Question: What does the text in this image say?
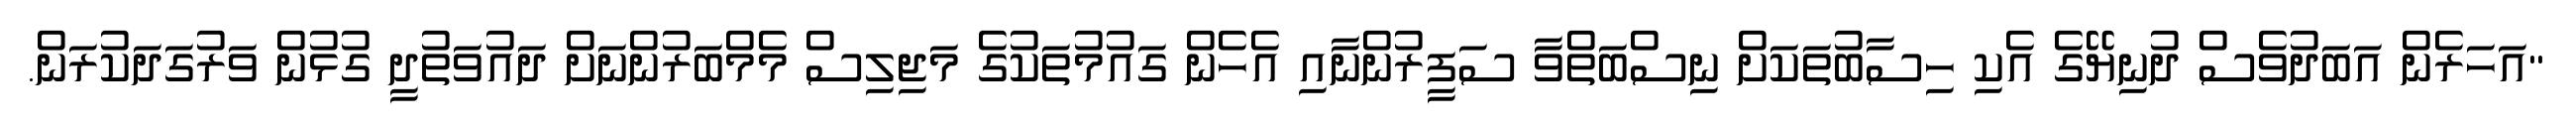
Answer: "އަހަރެން އަބަދުވެސް ދުނިޔޭގެ އެކި ހިސާބުތަކަށް ނިސްބަތްވާ ސަފީރުންނާއި އެހެން ގައުމުތަކުގެ މަޖިލިސް މެމްބަރުންނަށް ދައުވަތުދީ ގުޅުން ވަރުގަދަކުރަން.